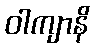
ဝါကျာနိ